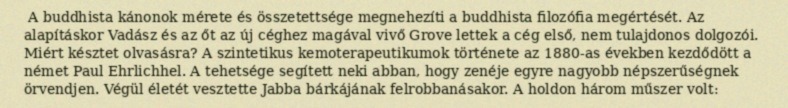
A buddhista kánonok mérete és összetettsége megnehezíti a buddhista filozófia megértését. Az alapításkor Vadász és az őt az új céghez magával vivő Grove lettek a cég első, nem tulajdonos dolgozói. Miért késztet olvasásra? A szintetikus kemoterapeutikumok története az 1880-as években kezdődött a német Paul Ehrlichhel. A tehetsége segített neki abban, hogy zenéje egyre nagyobb népszerűségnek örvendjen. Végül életét vesztette Jabba bárkájának felrobbanásakor. A holdon három műszer volt: